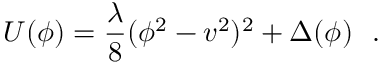
U ( \phi ) = \frac { \lambda } { 8 } ( \phi ^ { 2 } - v ^ { 2 } ) ^ { 2 } + \Delta ( \phi ) ~ ~ .